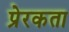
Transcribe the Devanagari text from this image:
प्रेरकता